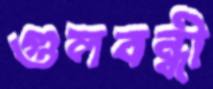
গুলবন্ধী